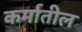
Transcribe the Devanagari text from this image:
कर्मातील